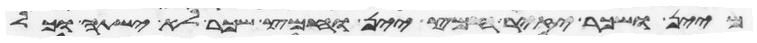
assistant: מיין ושכר יזיר חמץ יין וחמץ שכר לא ישתה וכל